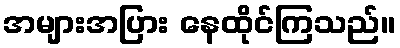
အများအပြား နေထိုင်ကြသည်။